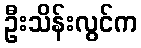
ဦးသိန်းလွင်က